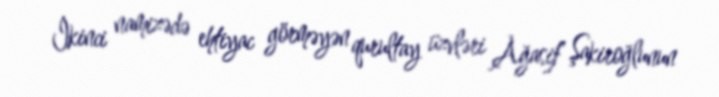
İkinci namizədə ehtiyac görməyən qurultay üzvləri Ağasif Şakiroğlunun